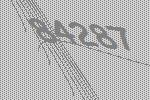
84287